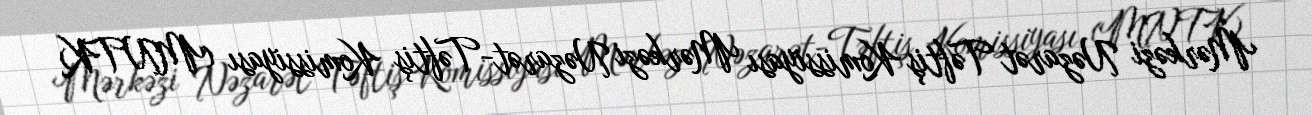
Mərkəzi Nəzarət Təftiş Komissiyası Mərkəzi Nəzarət-Təftiş Komissiyası (MNTK)